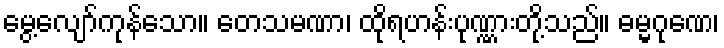
မွေ့လျော်ကုန်သော။ တေသမဏာ၊ ထိုရဟန်းပုဏ္ဏားတို့သည်။ ဓမ္မဂုဏေ၊